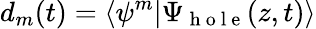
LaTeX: d_{m}(t)=\langle\psi^{m}|\Psi_{\mathrm{~h~o~l~e~}}(z,t)\rangle